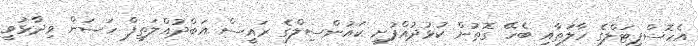
އެހޮސްޕިޓަލްގެ ހާލަތާއި ބެހޭ ގޮތުން ކުޅުދުއްފުށީ ކައުންސިލްގެ ރައީސް އަބްދުއްލަތީފް ހަސަން ވިދާޅުވީ